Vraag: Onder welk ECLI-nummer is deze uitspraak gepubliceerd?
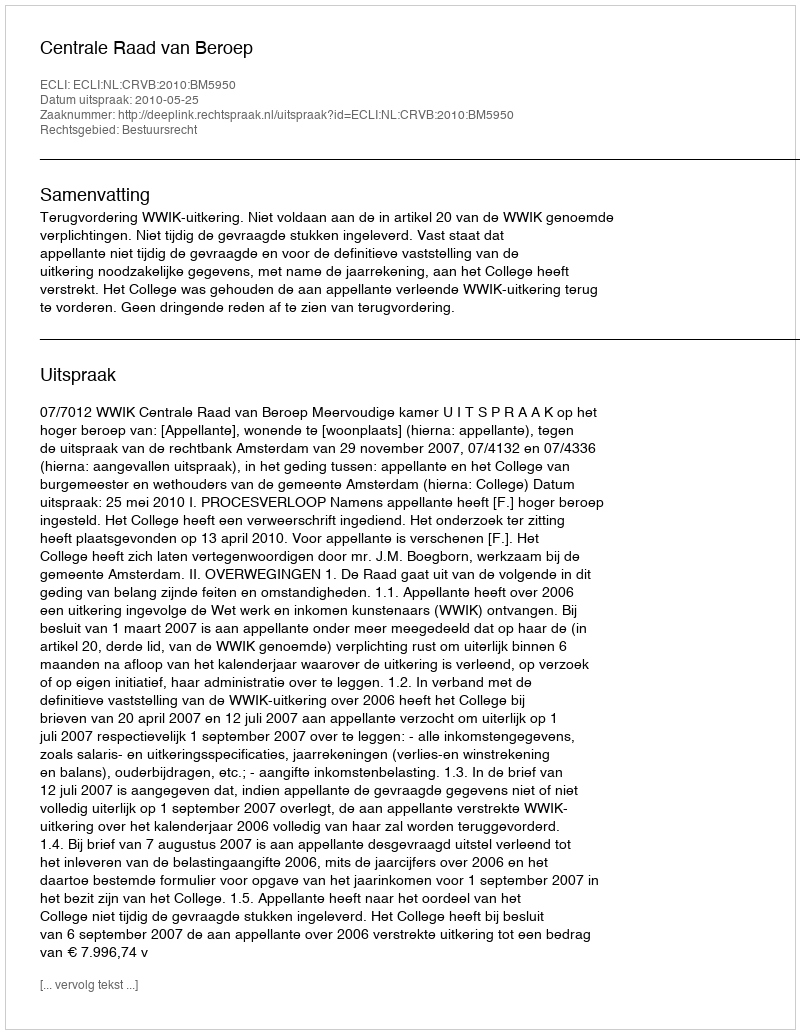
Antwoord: ECLI:NL:CRVB:2010:BM5950